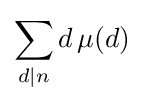
\sum _{d|n}d\,\mu (d)